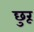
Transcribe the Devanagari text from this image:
छुरू